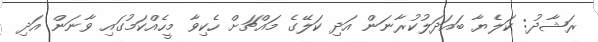
ރަޝާދު: ކަލެޔާ ބައަދަލުކުރާނަން އަދި ކަލޭގެ މައްޗަށް ހެކިވާ މީހެއްކަމުގައި ވާނަން އަދި